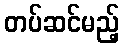
တပ်ဆင်မည့်